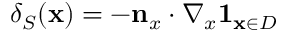
\delta _ { S } ( \mathbf { x } ) = - \mathbf { n } _ { x } \cdot \nabla _ { x } \mathbf { 1 } _ { \mathbf { x } \in D }